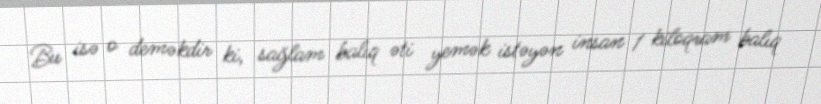
Bu isə o deməkdir ki, sağlam balıq əti yemək istəyən insan 1 kiloqram balıq